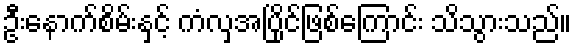
ဦးနောက်စိမ်းနှင့် ကံလှအပြိုင်ဖြစ်ကြောင်း သိသွားသည်။